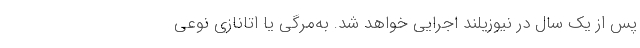
پس از یک سال در نیوزیلند اجرایی خواهد شد. به‌مرگی یا اتانازی نوعی